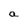
Character: a